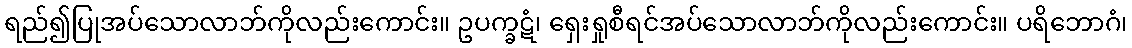
ရည်၍ပြုအပ်သောလာဘ်ကိုလည်းကောင်း။ ဥပက္ခဋံ၊ ရှေးရှုစီရင်အပ်သောလာဘ်ကိုလည်းကောင်း။ ပရိဘောဂံ၊